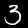
Digit: 3